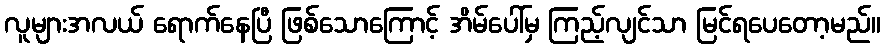
လူများအလယ် ရောက်နေပြီ ဖြစ်သောကြောင့် အိမ်ပေါ်မှ ကြည့်လျင်သာ မြင်ရပေတော့မည်။